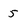
Character: 5